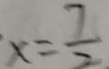
x = \frac { 7 } { 2 }